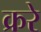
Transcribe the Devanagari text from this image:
क्ररे